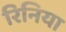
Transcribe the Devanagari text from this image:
रिनिया